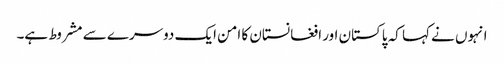
انہوں نے کہا کہ پاکستان اور افغانستان کا امن ایک دوسرے سے مشروط ہے۔